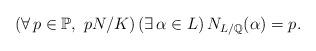
LaTeX: \begin{align*}(\forall\,p\in\mathbb{P},\ p N/K)\,(\exists\,\alpha\in L)\,N_{L/\mathbb{Q}}(\alpha)=p.\end{align*}